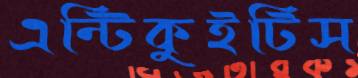
এন্টিকুইটিস